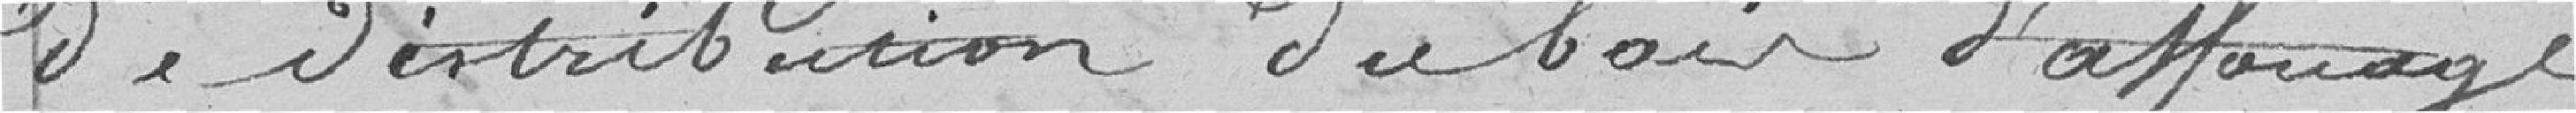
de distribution du bois d'affouage